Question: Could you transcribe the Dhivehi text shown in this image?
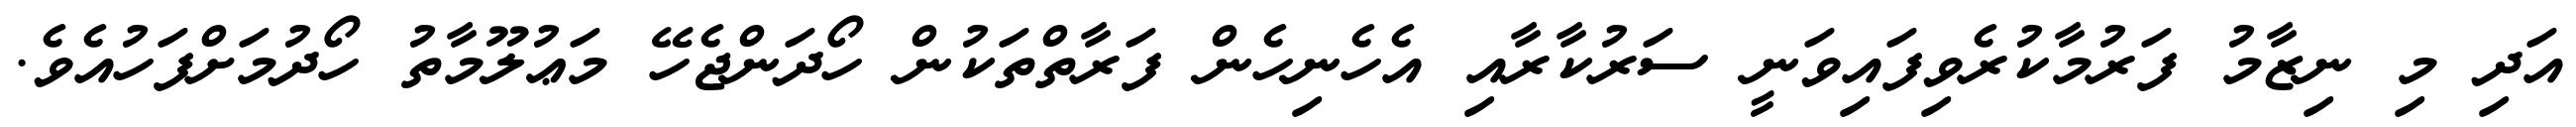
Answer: އަދި މި ނިޒާމު ފަރުމާކުރެވިފައިވަނީ ސަރުކާރާއި އެހެނިހެން ފަރާތްތަކުން ހޯދަންޖެހޭ މަޢުލޫމާތު ހޯދުމަށްފަހުއެވެ.